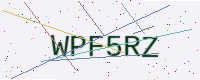
Text: WPF5RZ